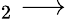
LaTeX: _2\longrightarrow\;